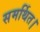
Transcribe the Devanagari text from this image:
समर्थित।